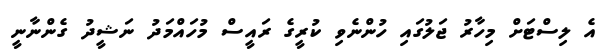
އެ ލިސްޓަށް މިހާރު ޖަލުގައި ހުންނެވި ކުރީގެ ރައީސް މުހައްމަދު ނަޝީދު ގެންނާނީ